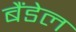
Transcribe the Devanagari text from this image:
बैंडेल